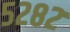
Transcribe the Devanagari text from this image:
५२८२